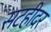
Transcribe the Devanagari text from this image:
सटहीदर